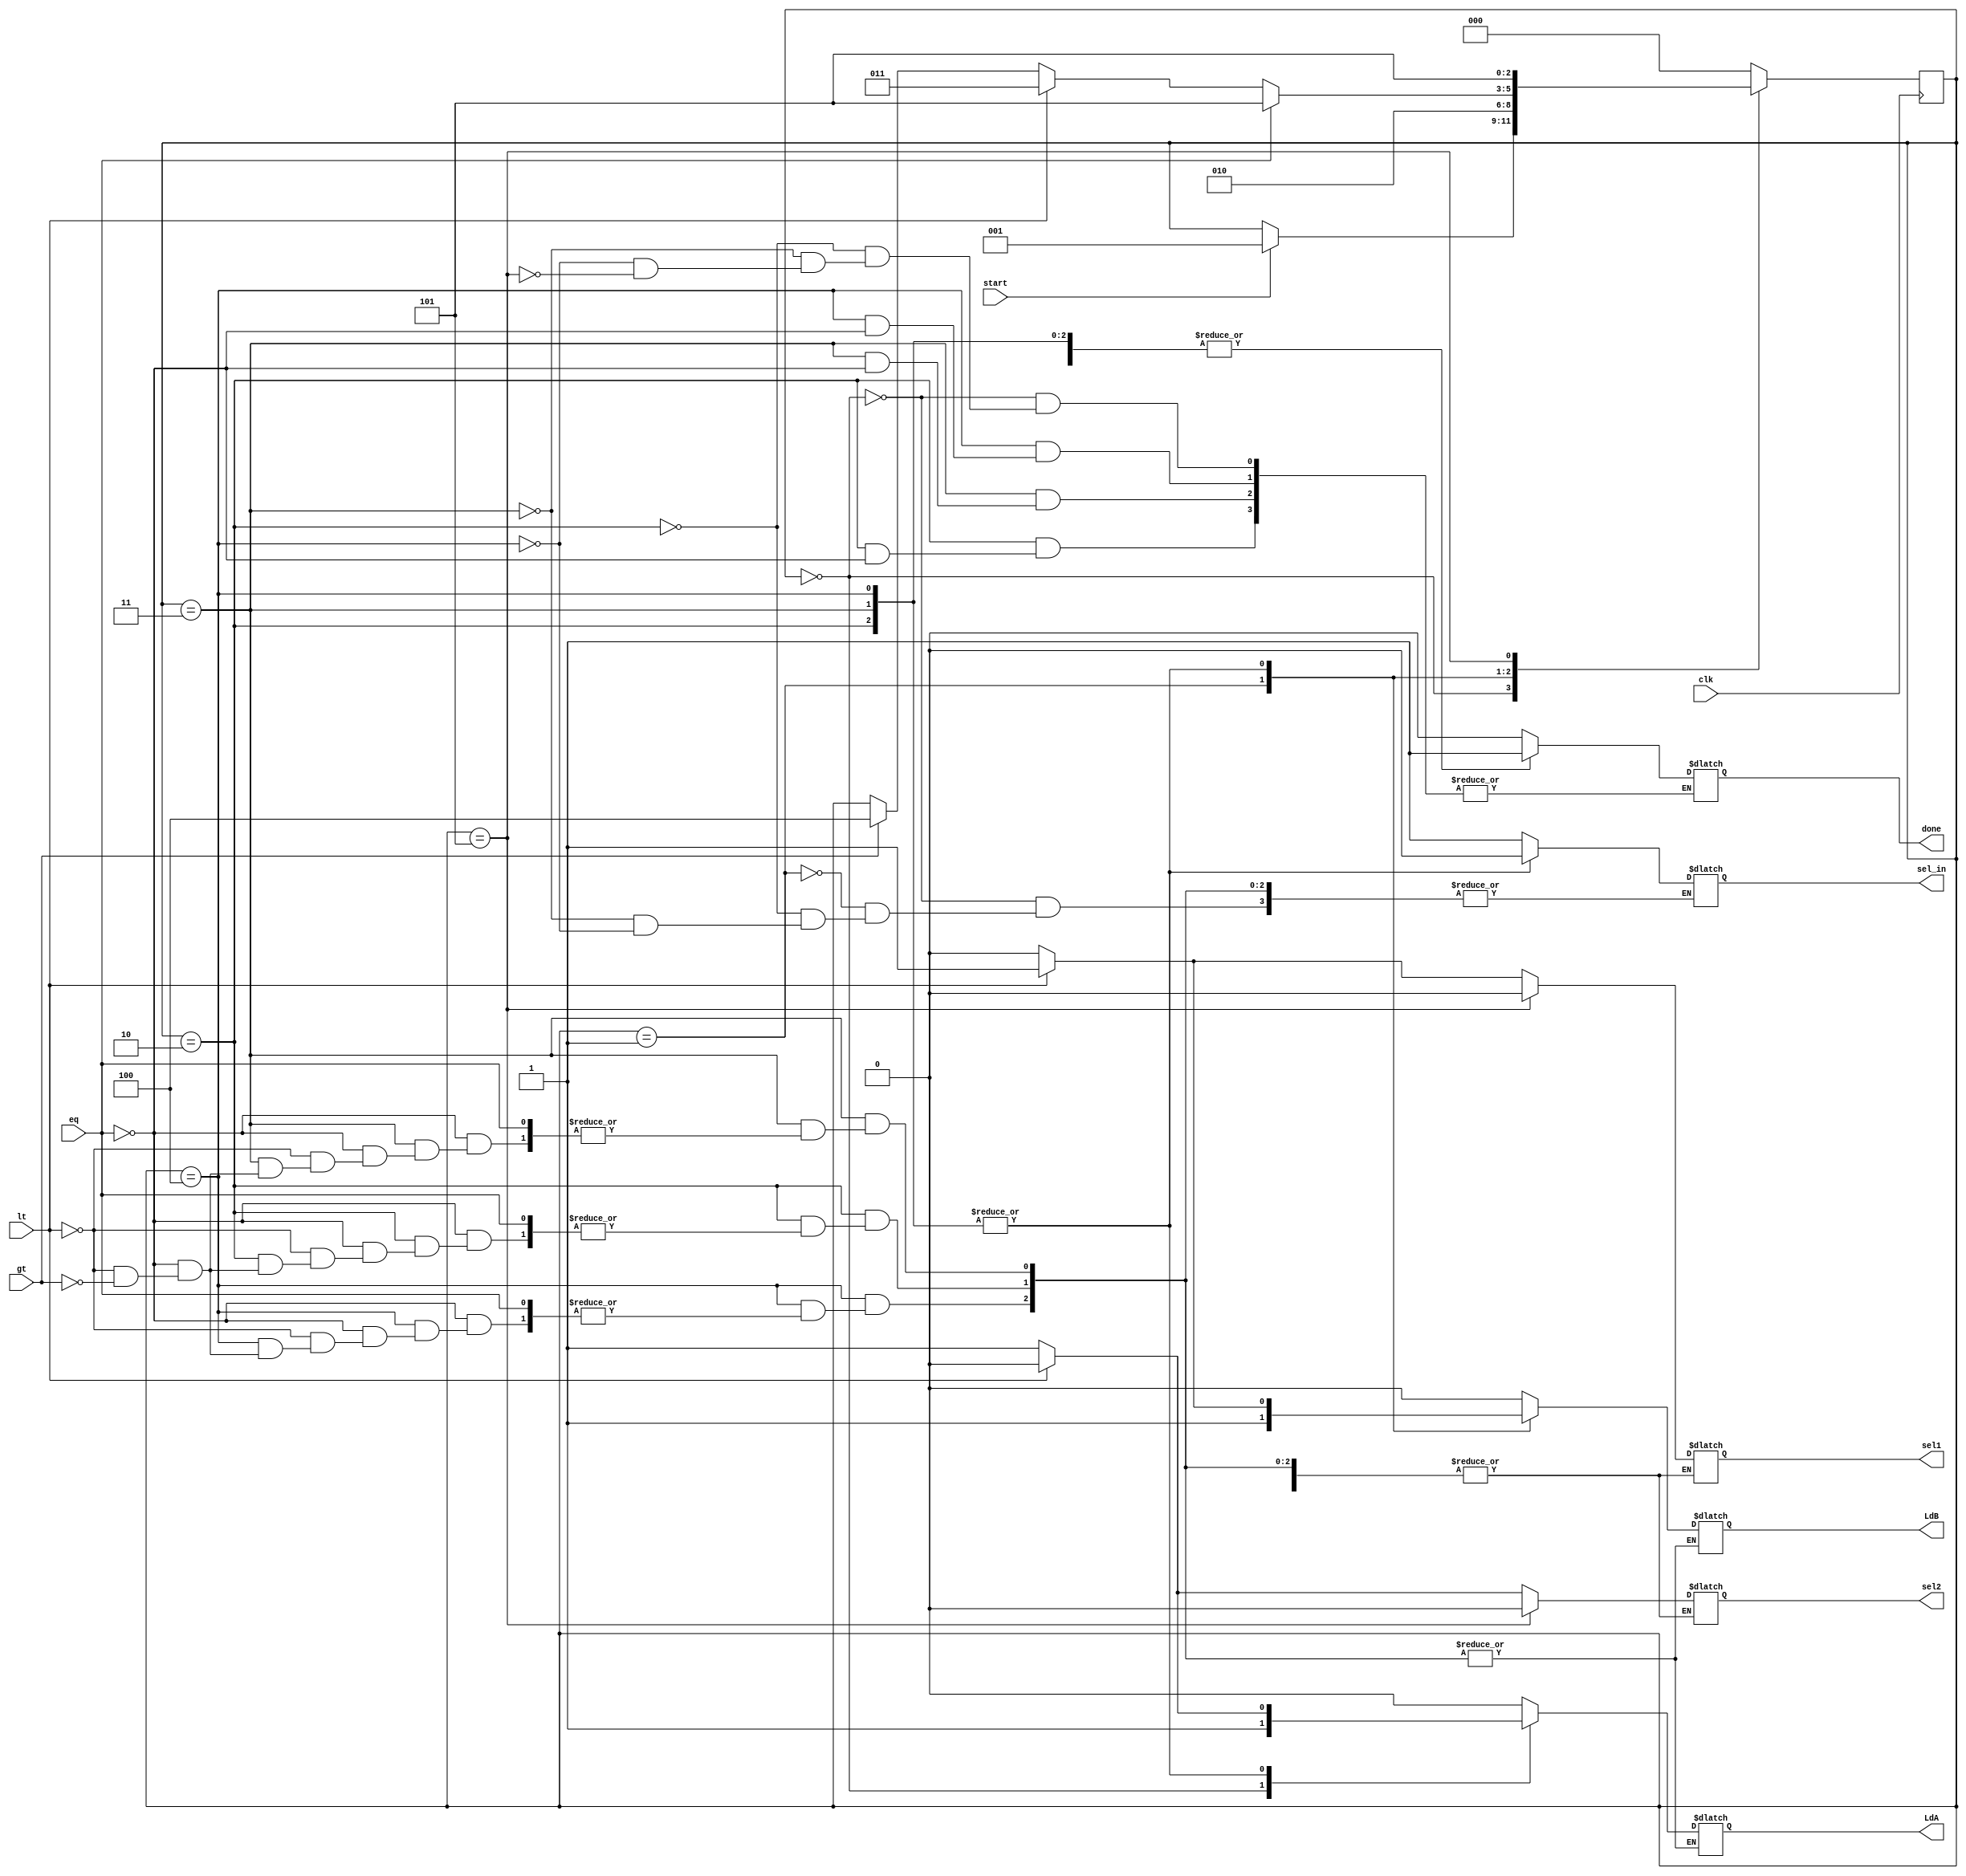
`timescale 1ns / 1ps
//////////////////////////////////////////////////////////////////////////////////
// Company: 
// Engineer: 
// 
// Design Name: 
// Module Name:    controller 
// Project Name: 
// Target Devices: 
// Tool versions: 
// Description: 
//
// Dependencies: 
//
// Revision: 
// Revision 0.01 - File Created
// Additional Comments: 
//
//////////////////////////////////////////////////////////////////////////////////
module controller(LdA, LdB, sel1, sel2, sel_in, done, clk, gt, eq, lt, start);
input clk, gt, eq, lt, start;
output reg LdA, LdB, sel1, sel2, sel_in, done;
reg [2:0] state;
parameter S0=3'b000,S1=3'b001,S2=3'b010,S3=3'b011,S4=3'b100,S5=3'b101;
always@(posedge clk)
begin
case(state)
S0: if(start) state<=S1;
S1: state<=S2;
S2: #2 if(eq) state<=S5;
    else if (lt) state<=S3;
	 else if (gt) state<=S4;
S3: #2 if(eq) state<=S5;
    else if (lt) state<=S3;
	 else if (gt) state<=S4;
S4: #2 if(eq) state<=S5;
    else if (lt) state<=S3;
	 else if (gt) state<=S4;
S5: state<= S5;	 
default:state<=S0;
endcase
end
always@(state)
begin
case(state)
S0: begin sel_in = 1; LdA=1;LdB=0;done=0;end
S1: begin sel_in = 1; LdA=0;LdB=1;end
S2: if(eq) done=1;
    else if (lt) begin
	 sel1=1;sel2=0;sel_in=0;
	 #1 LdA=0;LdB=1;
	 end
	 else if (gt) begin
	 sel1=0;sel2=1;sel_in=0;
	 #1 LdA=1;LdB=0;
	 end
S3: if(eq) done=1;
    else if (lt) begin
	 sel1=1;sel2=0;sel_in=0;
	 #1 LdA=0;LdB=1;
	 end
	 else if (gt) begin
	 sel1=0;sel2=1;sel_in=0;
	 #1 LdA=1;LdB=0;
	 end
S4: if(eq) done=1;
    else if (lt) begin
	 sel1=1;sel2=0;sel_in=0;
	 #1 LdA=0;LdB=1;
	 end
	 else if (gt) begin
	 sel1=0;sel2=1;sel_in=0;
	 #1 LdA=1;LdB=0;
	 end
S5: begin
    done=1;sel1=0;sel2=0;LdA=0;LdB=0;
	 end
default: begin LdA=0;LdB=0;end
endcase
end
endmodule